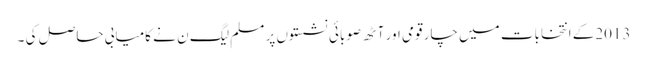
2013کے انتخابات میں چار قومی اور آٹھ صوبائی نشستوں پر مسلم لیگ ن نے کامیابی حاصل کی ۔